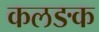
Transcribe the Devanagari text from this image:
कलङक